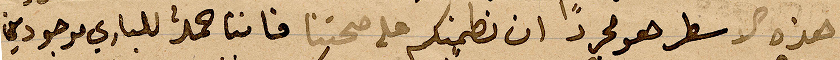
هذه الاسطر هو مجردًا ان نطمنكم على صحتنا فاننا حمد الباري موجودين